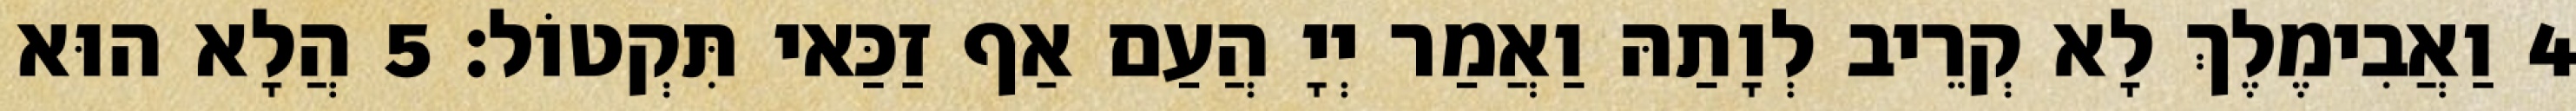
4 וַאֲבִימֶלֶךְ לָא קְרֵיב לְוָתַהּ וַאֲמַר יְיָ הֲעַם אַף זַכַּאי תִּקְטוֹל׃ 5 הֲלָא הוּא